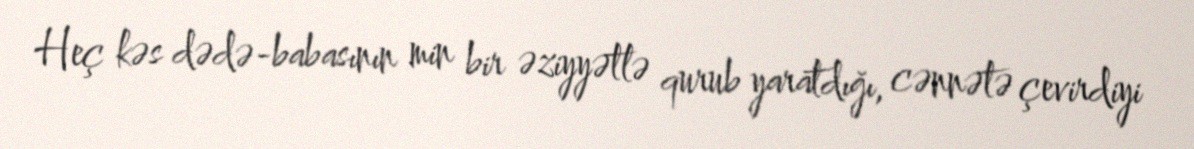
Heç kəs dədə-babasının min bir əziyyətlə qurub yaratdığı, cənnətə çevirdiyi